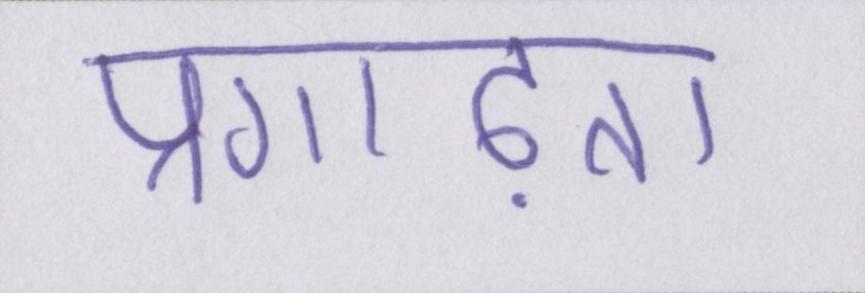
प्रगाढ़ता